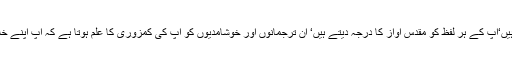
وہ آپ کی ہاں میں ہاں ملا تے ہیں‘آپ کے ہر لفظ کو مقدس آواز کا درجہ دیتے ہیں‘ ان ترجمانوں اور خوشامدیوں کو آپ کی کمزوری کا علم ہوتا ہے کہ آپ اپنے خلاف کوئی بات نہیں سن سکتے۔